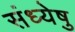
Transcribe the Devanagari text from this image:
संध्येषु